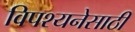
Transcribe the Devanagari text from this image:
विपश्यनेसाठी